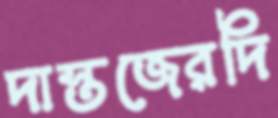
দাস্তজেরদি